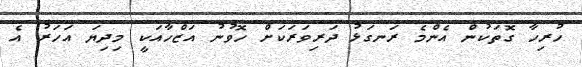
ހުރިހާ ގޮތަކުން އެންމެ ރަނގަޅު ދަރިވަރަކަށް ހޮވުނު އަޒްހާއަކީ މިދިޔަ އަހަރު އެ